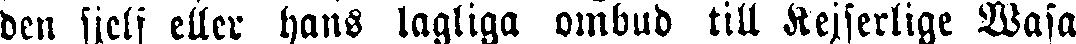
den sjelf eller hans lagliga ombud till Kejserlige Wasa